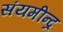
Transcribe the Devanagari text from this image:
संयमीन्द्र